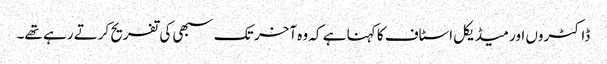
ڈاکٹروں اور میڈیکل اسٹاف کا کہنا ہے کہ وہ آخر تک سبھی کی تفریح کرتے رہے تھے۔